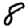
Digit: 8